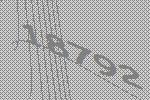
18792